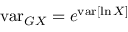
\operatorname { v a r } _ { G X } = e ^ { \operatorname { v a r } [ \ln X ] }